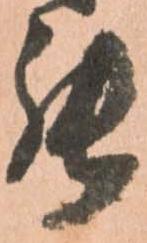
能